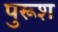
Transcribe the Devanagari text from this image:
पुरूश